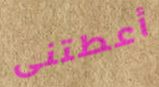
أعطتنى